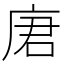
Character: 𪪒